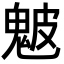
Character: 𩲢